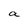
Character: a